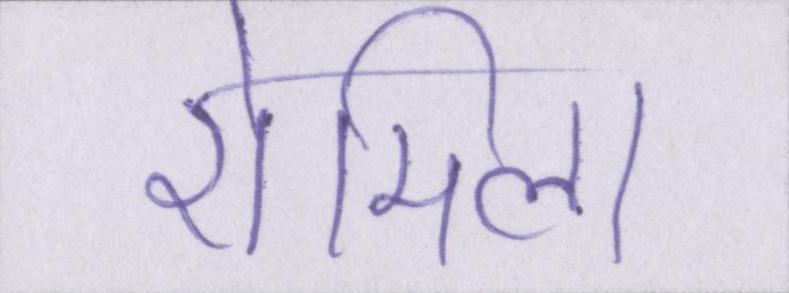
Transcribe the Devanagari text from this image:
रोमिला